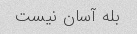
بله آسان نیست